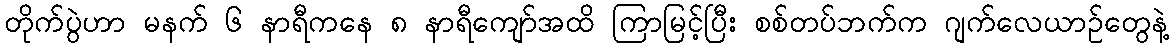
တိုက်ပွဲဟာ မနက် ၆ နာရီကနေ ၈ နာရီကျော်အထိ ကြာမြင့်ပြီး စစ်တပ်ဘက်က ဂျက်လေယာဉ်တွေနဲ့